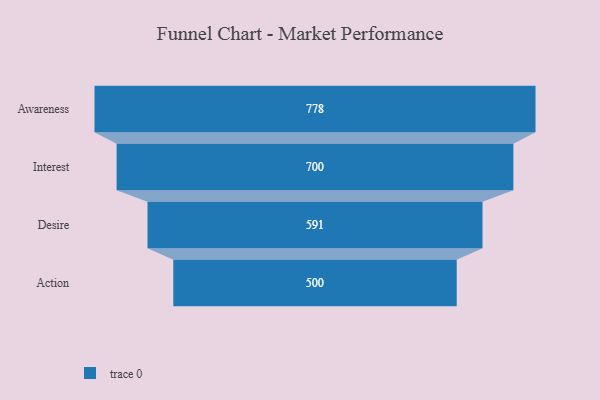
{"axis": {"x": "Stage", "y": "Value"}, "legend": [""], "data": [{"x": "Awareness", "y": 778.0, "type": ""}, {"x": "Interest", "y": 700.0, "type": ""}, {"x": "Desire", "y": 591.0, "type": ""}, {"x": "Action", "y": 500, "type": ""}]}